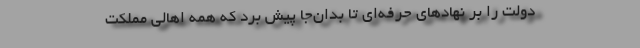
دولت را بر نهادهای حرفه‌ای تا بدان‌جا پیش برد كه همه اهالی مملکت